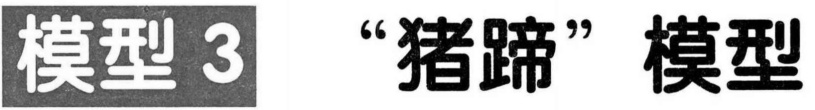
模型 3 “猪蹄” 模型